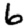
Digit: 6